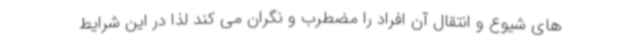
های شیوع و انتقال آن افراد را مضطرب و نگران می کند لذا در این شرایط